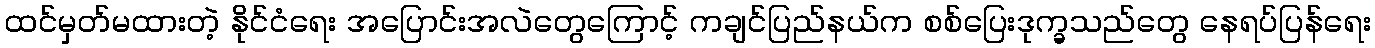
ထင်မှတ်မထားတဲ့ နိုင်ငံရေး အပြောင်းအလဲတွေကြောင့် ကချင်ပြည်နယ်က စစ်ပြေးဒုက္ခသည်တွေ နေရပ်ပြန်ရေး